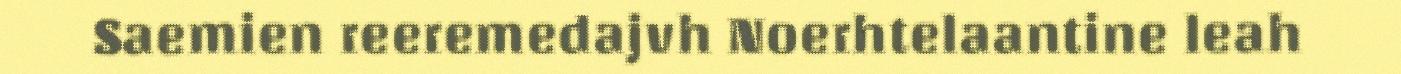
Saemien reeremedajvh Noerhtelaantine leah